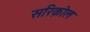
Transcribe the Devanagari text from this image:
सरिक़ोल